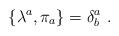
LaTeX: \begin{align*}\{\lambda^{a}, \pi_{a}\}=\delta^{a}_{b}~.\end{align*}